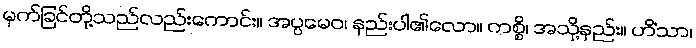
မှက်ခြင်တို့သည်လည်းကောင်း။ အပ္ပမေဝ၊ နည်းပါ၏လော။ ကစ္စိ၊ အသို့နည်း။ ဟိံသာ၊